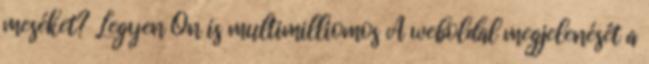
meséket? Legyen Ön is multimilliomos A weboldal megjelenését a